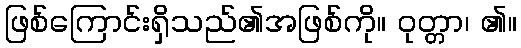
ဖြစ်ကြောင်းရှိသည်၏အဖြစ်ကို။ ဝုတ္တာ၊ ၏။